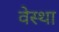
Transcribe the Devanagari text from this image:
वेस्था